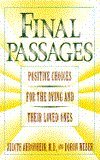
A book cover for Final Passages; Judith Ahronheim; Medical Books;